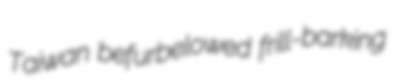
Taiwan befurbelowed frill-barking